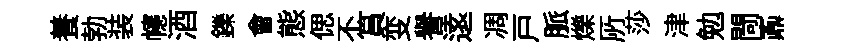
養勃装幰酒鑠會態偲不篔变譽逺凋戸脈爍𠩄莎津勉閜鼒